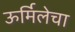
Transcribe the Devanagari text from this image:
ऊर्मिलेचा